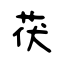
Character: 茯